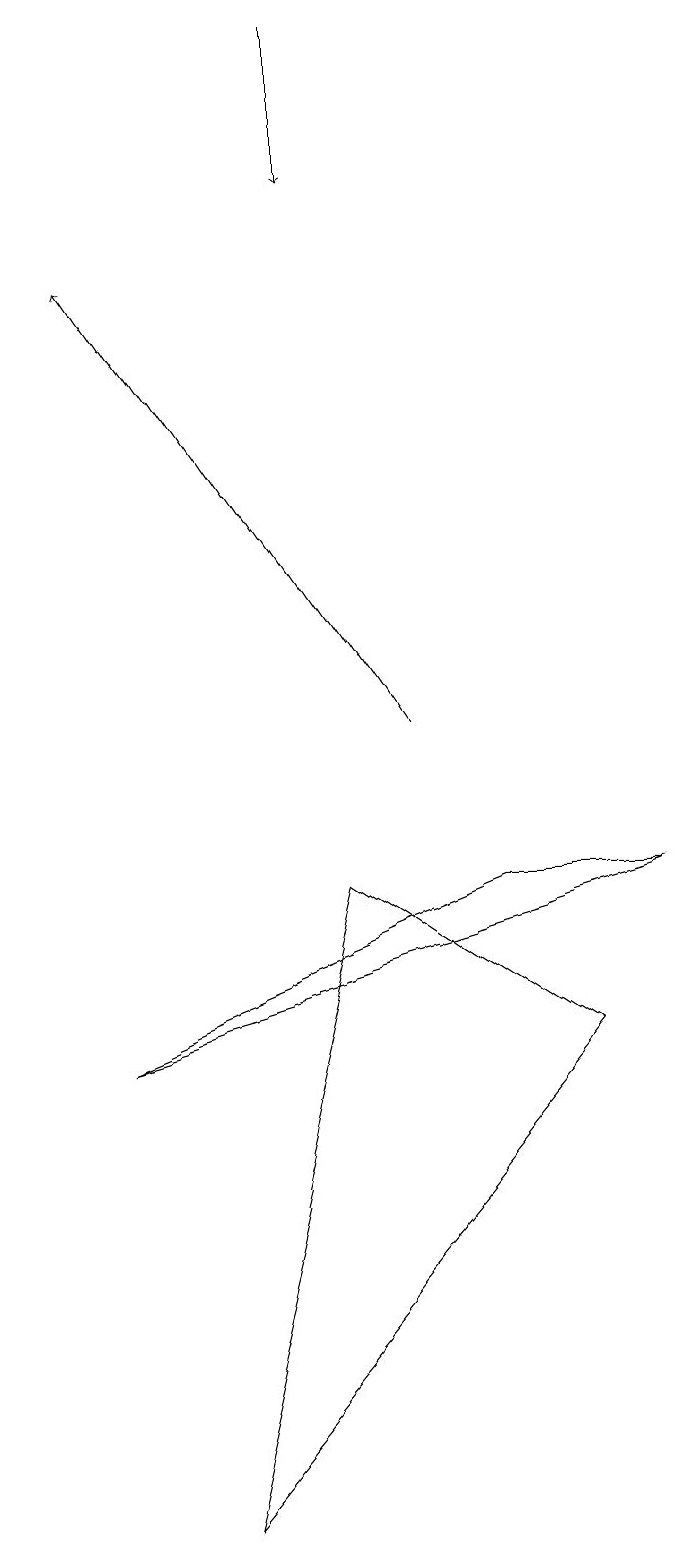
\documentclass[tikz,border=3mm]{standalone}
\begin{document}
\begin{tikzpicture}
\draw[->] (5,19) -- (5,17);
\draw (9,8) -- (7,8) -- (2,6) -- cycle;
\draw[->] (6,10) -- (2,16);
\draw (1,18) rectangle (1,15);
\draw (3,0) -- (5,8) -- (8,6) -- cycle;
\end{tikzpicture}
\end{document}